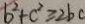
b ^ { 2 } + c ^ { 2 } \geq 2 b c